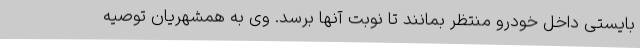
بایستی داخل خودرو منتظر بمانند تا نوبت آنها برسد. وی به همشهریان توصیه